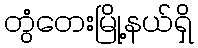
တွံတေးမြို့နယ်ရှိ